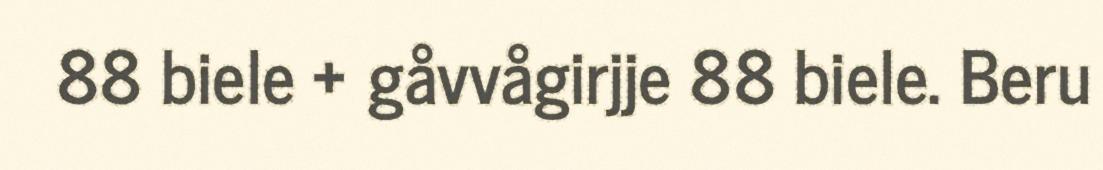
88 biele + gåvvågirjje 88 biele. Beru